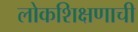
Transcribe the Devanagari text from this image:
लोकशिक्षणाची